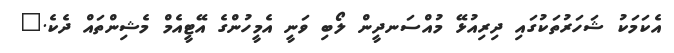
އެކަމަކު ޝަހަރުތަކުގައި ދިރިއުޅޭ މުއްސަނދީން ލޯބި ވަނީ އެމީހުންގެ އޭޓީއެމް މެޝިންތައް ދެކެ."